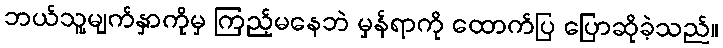
ဘယ်သူ့မျက်နှာကိုမှ ကြည့်မနေဘဲ မှန်ရာကို ထောက်ပြ ပြောဆိုခဲ့သည်။